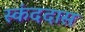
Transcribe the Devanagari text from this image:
स्कंददास